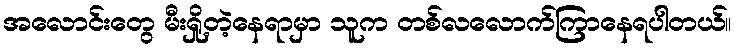
အလောင်းတွေ မီးရှို့တဲ့နေရာမှာ သူက တစ်လလောက်ကြာနေရပါတယ်။